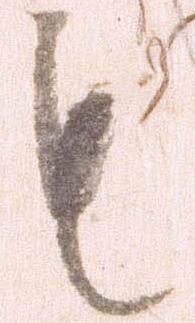
も